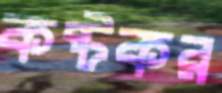
কষ্টকর